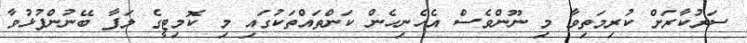
ސަރުކާރަށް ކުރިމަތިވާ މި ނޫންވެސް އެހެނިހެން ކަންތައްތަކުގައި މި ކޮމިޓީގެ ލަފާ ބޭނުންފުޅުވާ